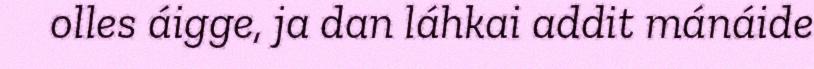
olles áigge, ja dan láhkai addit mánáide